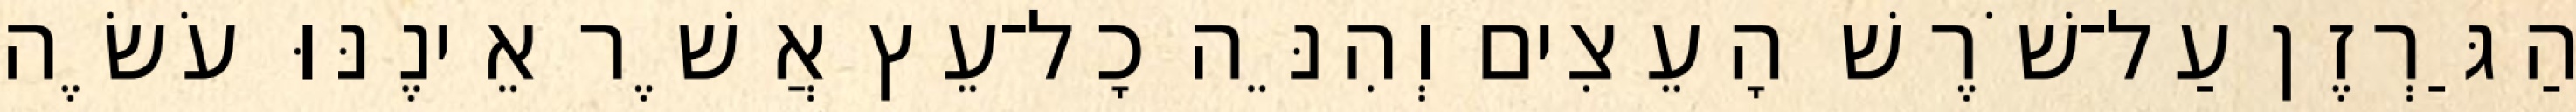
הַגַּרְזֶן עַל־שֹׁרֶשׁ הָעֵצִים וְהִנֵּה כָל־עֵץ אֲשֶׁר אֵינֶנּוּ עֹשֶׂה